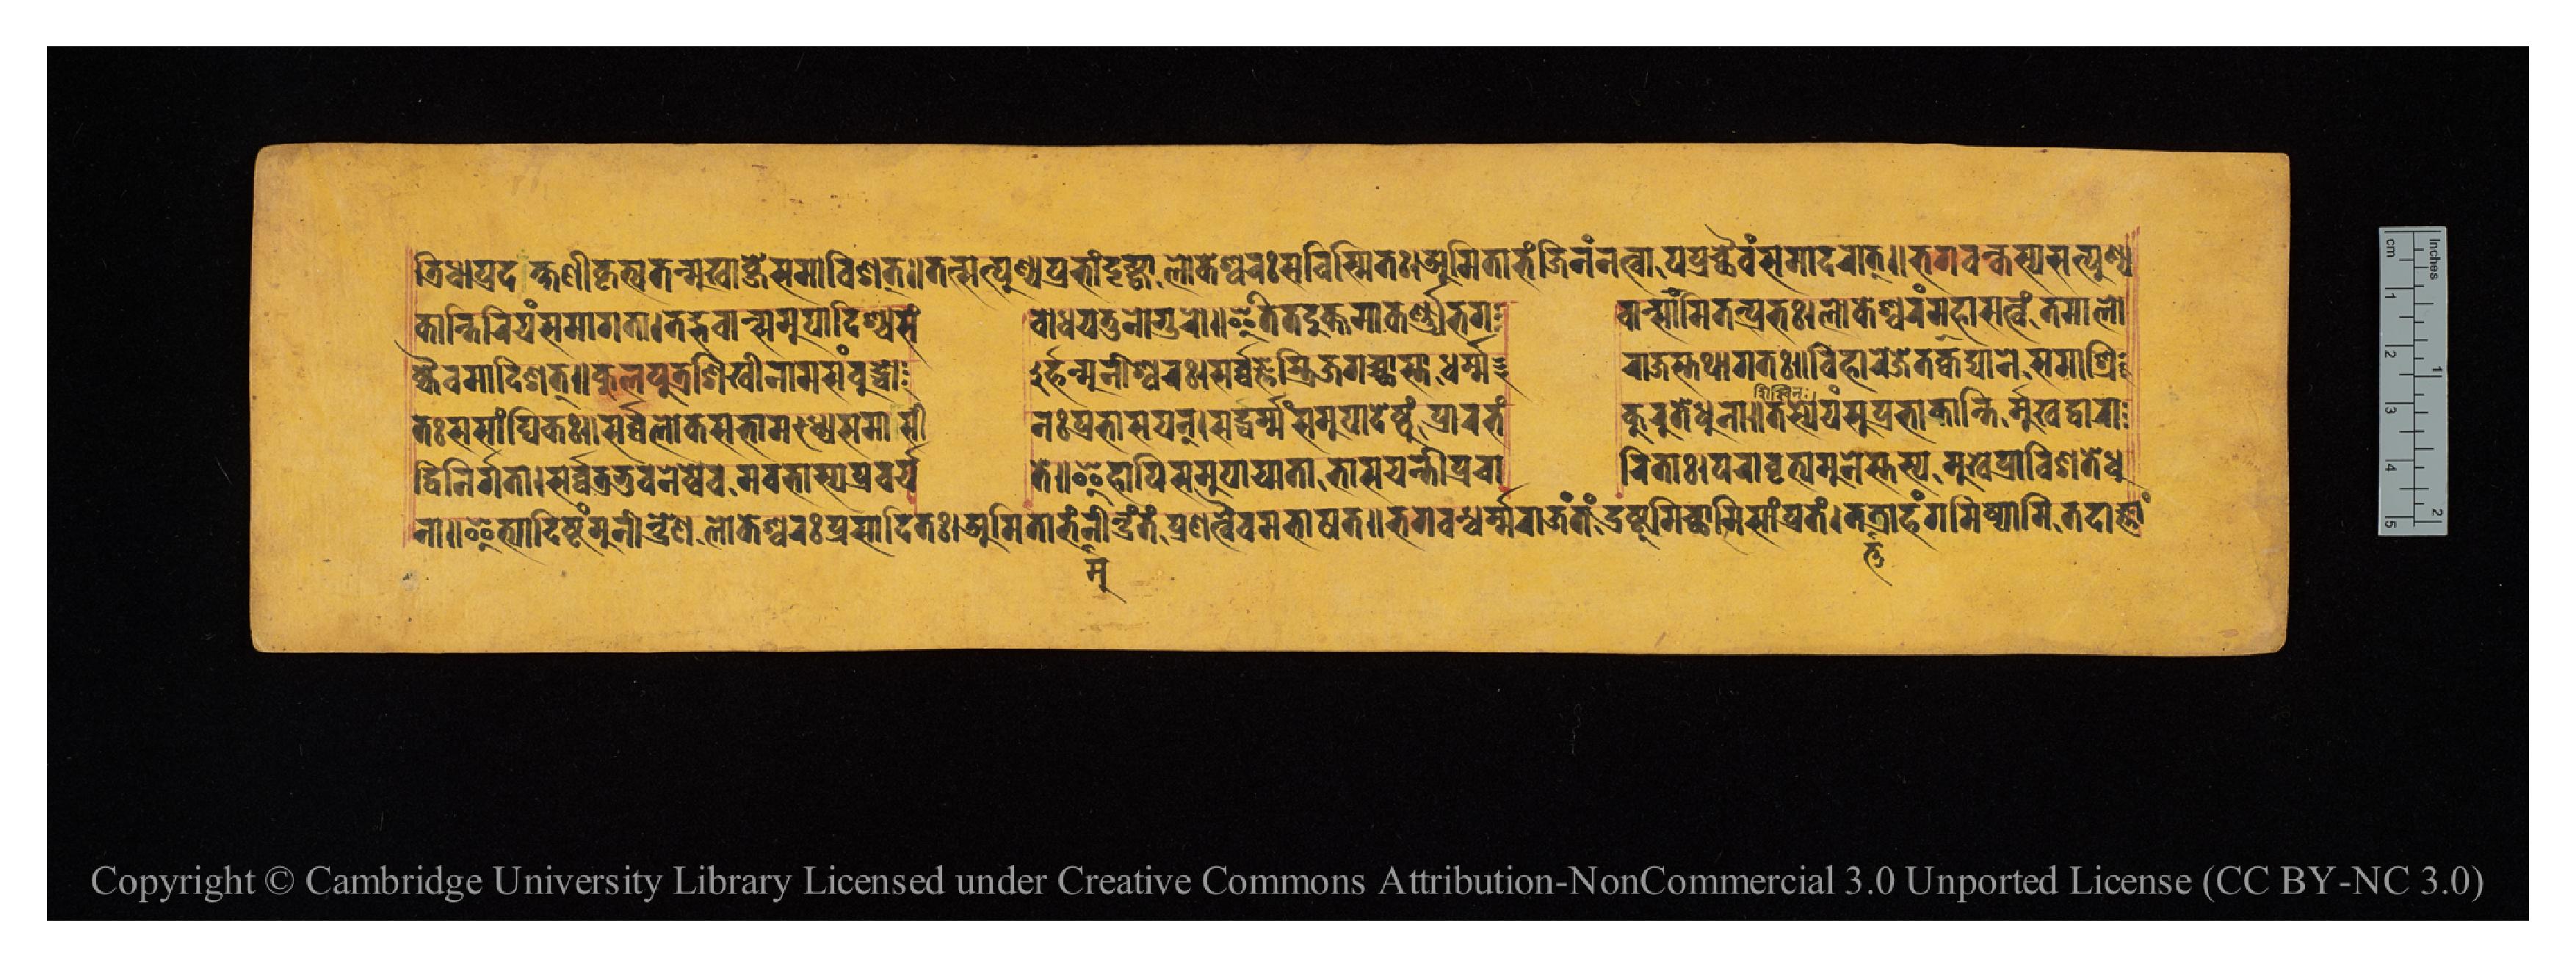
𑐟𑑂𑐬𑐶𑐢𑐵𑐥𑑂𑐬𑐡𑐎𑑂𑐲𑐶𑐞𑐷𑐎𑐺𑐟𑑂𑐫𑐟𑐣𑑂𑐩𑐸𑐏𑐵𑐖𑑂𑐫𑐾𑐳𑐩𑐵𑐰𑐶𑐱𑐟𑑂𑑌𑐟𑐟𑑂𑐳𑐟𑑂𑐥𑐸𑐞𑑂𑐫𑐥𑑂𑐬𑐨𑐵𑑄𑐡𑐺𑐚𑑂𑐰𑐵𑐮𑑀𑐎𑐾𑐱𑑂𑐰𑐬𑑅𑐳𑐰𑐶𑐳𑑂𑐩𑐶𑐟𑑅𑑋𑐀𑐩𑐶𑐟𑐵𑐨𑑄𑐖𑐶𑐣𑑄𑐣𑐟𑑂𑐰𑐵𑐥𑐥𑑂𑐬𑐔𑑂𑐕𑐿𑐰𑑄𑐳𑐩𑐵𑐡𑐬𑐵𑐟𑑂𑑌𑐨𑐐𑐰𑐣𑑂𑐎𑐳𑑂𑐫𑐳𑐟𑑂𑐥𑐸𑐞𑑂𑐫 𑐎𑐵𑐣𑑂𑐟𑐶𑐬𑐶𑐫𑑄𑐳𑐩𑐵𑐐𑐟𑐵𑑋𑐟𑐡𑑂𑐨𑐰𑐵𑐣𑑂𑐳𑐩𑐸𑐥𑐵𑐡𑐶𑐱𑑂𑐫𑐳𑑄  𑐧𑑀𑐢𑐫𑐟𑐸𑐣𑑀𑐐𑐸𑐬𑑀𑑌𑐂𑐟𑐶𑐟𑐡𑐸𑐎𑑂𑐟𑐩𑐵𑐎𑐬𑑂𑐞𑑂𑐫𑐨𑐐  𑐰𑐵𑐣𑑂𑐳𑑀𑐩𑐶𑐟𑐥𑑂𑐬𑐨𑑅𑑋𑐮𑑀𑐎𑐾𑐱𑑂𑐰𑐬𑑄𑐩𑐴𑐵𑐳𑐟𑑂𑐰𑑄𑐟𑐩𑐵𑐮𑑀  𑐎𑑂𑐫𑐿𑐰𑐩𑐵𑐡𑐶𑐱𑐟𑑂𑑌𑐎𑐸𑐮𑐥𑐸𑐟𑑂𑐬𑐱𑐶𑐏𑐷𑐣𑐵𑐩𑐳𑑄𑐧𑐸𑐡𑑂𑐢𑑀  𑐬𑑂𑐴𑐣𑑂𑐩𑐸𑐣𑐷𑐱𑑂𑐰𑐬𑑅𑑋𑐳𑐬𑑂𑐰𑑂𑐰𑐖𑑂𑐘𑐳𑑂𑐟𑑂𑐬𑐶𑐐𑐔𑑂𑐕𑐵𑐳𑑂𑐟𑐵𑐢𑐬𑑂𑐩𑑂𑐩  𑐬𑐵𑐖𑐳𑑂𑐟𑐠𑐵𑐐𑐟𑑅𑑌𑐰𑐶𑐴𑐵𑐬𑐾𑐖𑐾𑐟𑐎𑑀𑐡𑑂𑐫𑐵𑐣𑐾𑐳𑐩𑐵𑐱𑑂𑐬𑐶 𑐟𑑅𑐳𑐳𑐵𑑄𑐑𑐶𑐎𑑅𑑌𑐳𑐬𑑂𑐰𑑂𑐰𑐮𑑀𑐎𑐳𑐨𑐵𑐩𑐢𑑂𑐫𑐾𑐳𑐩𑐵𑐳𑐷  𑐣𑑅𑐥𑑂𑐬𑐨𑐵𑐳𑐫𑐣𑑂𑑋𑐳𑐡𑑂𑐢𑐬𑑂𑐩𑑂𑐩𑑄𑐳𑐩𑐸𑐥𑐵𑐡𑐾𑐲𑑂𑐚𑐸𑑄𑐥𑑂𑐬𑐵𑐬𑐨𑑄  𑐎𑐸𑐬𑐸𑐟𑐾𑐢𑐸𑐣𑐵𑑌𑐟𑐳𑑂𑐫𑐾𑐫𑑄𑐳𑐸𑐥𑑂𑐬𑐨𑐵𑐎𑐵𑐣𑑂𑐟𑐶𑐬𑑂𑐩𑐸𑐏𑐡𑑂𑐰𑐵𑐬𑐵 𑐡𑑂𑐰𑐶𑐣𑐶𑐬𑑂𑐐𑐟𑐵𑑋𑐳𑐬𑑂𑐰𑑂𑐰𑐟𑑂𑐬𑐨𑐸𑐰𑐣𑐾𑐲𑑂𑐰𑐾𑐰𑐩𑐰𑐨𑐵𑐳𑑂𑐫𑐥𑑂𑐬𑐔𑐬𑑂𑐫  𑐟𑐾𑑌𑐂𑐴𑐵𑐥𑐶𑐳𑐩𑐸𑐥𑐵𑐫𑐵𑐟𑐵𑐨𑐵𑐳𑐫𑐣𑑂𑐟𑐷𑐥𑑂𑐬𑐔𑐵  𑐬𑐶𑐟𑐵𑑋𑐥𑐬𑐵𑐰𑐺𑐟𑑂𑐫𑐩𑐸𑐣𑐾𑐳𑑂𑐟𑐳𑑂𑐫𑐩𑐸𑐏𑐾𑐥𑑂𑐬𑐵𑐰𑐶𑐱𑐟𑐾𑐢𑐸 𑐣𑐵𑑌𑐂𑐟𑑂𑐫𑐵𑐡𑐶𑐲𑑂𑐚𑑄𑐩𑐸𑐣𑐷𑐣𑑂𑐡𑑂𑐬𑐾𑐞𑐮𑑀𑐎𑐾𑐱𑑂𑐰𑐬𑑅𑐥𑑂𑐬𑐳𑐵𑐡𑐶𑐟𑑅𑑋𑐀𑐩𑐶𑐟𑐵𑐨𑑄𑐩𑐸𑐣𑐷𑐣𑑂𑐡𑑂𑐬𑑄𑐟𑑄𑐥𑑂𑐬𑐞𑐟𑑂𑐰𑐿𑐰𑐩𑐨𑐵𑐲𑐟𑑌𑐨𑐐𑐰𑐣𑑂𑐢𑐬𑑂𑐩𑑂𑐩𑐬𑐵𑐖𑑄𑐟𑑄𑐡𑑂𑐬𑐲𑑂𑐚𑐸𑐩𑐶𑐔𑑂𑐕𑐵𑐩𑐶𑐳𑐵𑑄𑐥𑑂𑐬𑐟𑑄𑑋𑐟𑐟𑑂𑐟𑐟𑑂𑐬𑐵𑐴𑑄𑐐𑐟𑐶𑐲𑑂𑐫𑐵𑐩𑐶𑐟𑐡𑐵𑐖𑑂𑐘𑐵𑑄